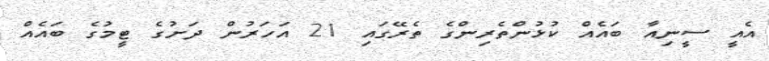
އެއީ ސީނިއާ ބައެއް ކުޅުންތެރިންގެ ތެރޭގައި 21 އަހަރުން ދަށުގެ ޓީމުގެ ބައެއް